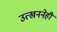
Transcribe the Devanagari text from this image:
उत्खननेही